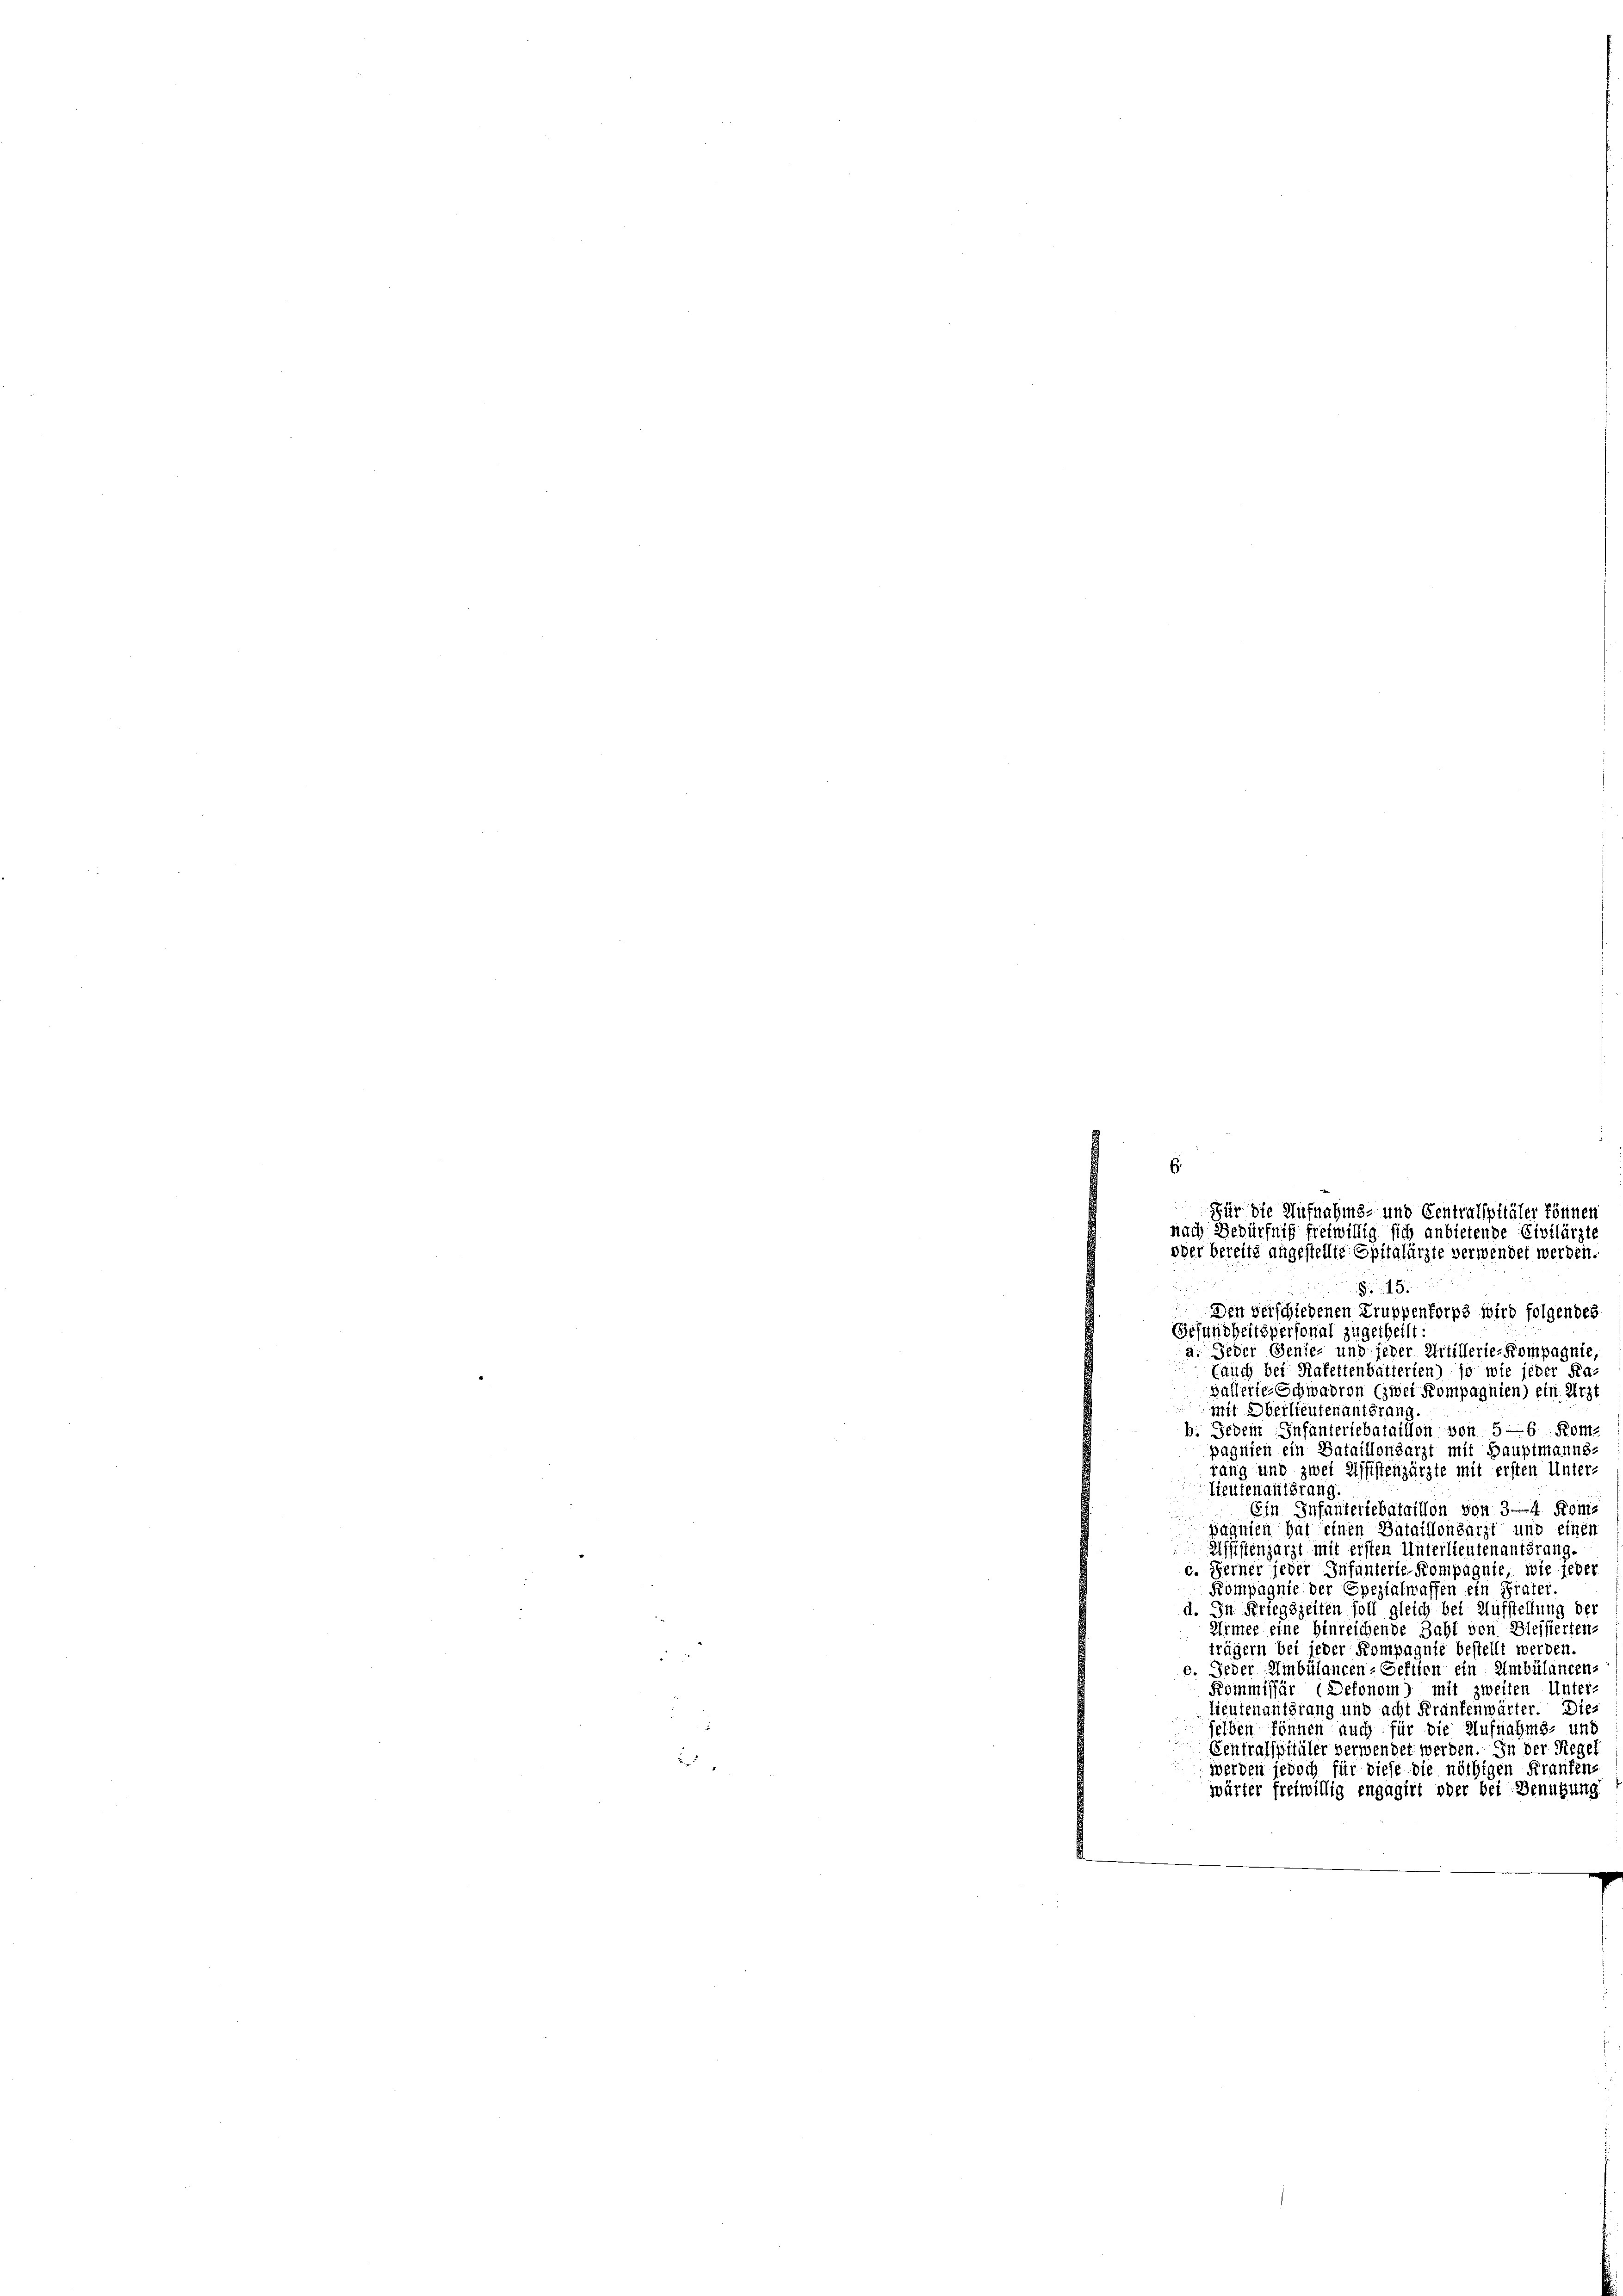
515
n
 Den verschiedenen Truppenforps wird folgendes
Gesundheitspersonal zugetheilt.
a. Jeder Genie- und jeder Artillerie-Kompagnie,
(auch bei Rafettenbatterien) so wie jeder Ra
vallerie-Schwadron (zwei Kompagnien) ein Arzt
mit Oberlieutenantsrang.
b. Jedem Infanteriebataillon von 5 - 6. Kom-
pagnien ein Bataillonsarzt mit Hauptmanns-
rang und zwei Assistenzärzte mit ersten Unter-
Lieutenantsrang
Ein Infanteriebataillon von 3-4 Roma
pagnien hat einen Bataillonsarzt und einen
Assistenzarzt mit ersten Unterlieutenantsrang.
c. Ferner jeder Infanterie-Kompagnie, wie jeder
Kompagnie der Spezialwaffen ein Prater.
d. In Kriegszeiten soll gleich bei Aufstellung der
Armter eine hinreichende Zahl von Blessierten-
trägern bei jeder Kompagnie bestellt werden.
e. Jeder Ambülancen-Seftien ein Ambülancen-
Kommissär (Defonom) mit zweiten Unter-
Lieutenantörung und acht Fraufenwärter. Dies
selben können auch für die Aufnahms- und
Centralspitäler verwendet werden. In der Siegel
werden jedoch für diese die nöthigen Krankens
wärter freiwillig engagirt oder bei Benutzung
u

6
Für die Aufnahms- und Centralspitäler könner
nach Bedürfniß freiwillig sich anbietende Einflärzte
oder bereits angestellte Spitalärzte verwendet werden.